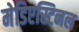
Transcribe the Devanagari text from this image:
मेडिएस्टिनल